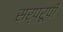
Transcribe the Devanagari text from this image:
सर्परूपी